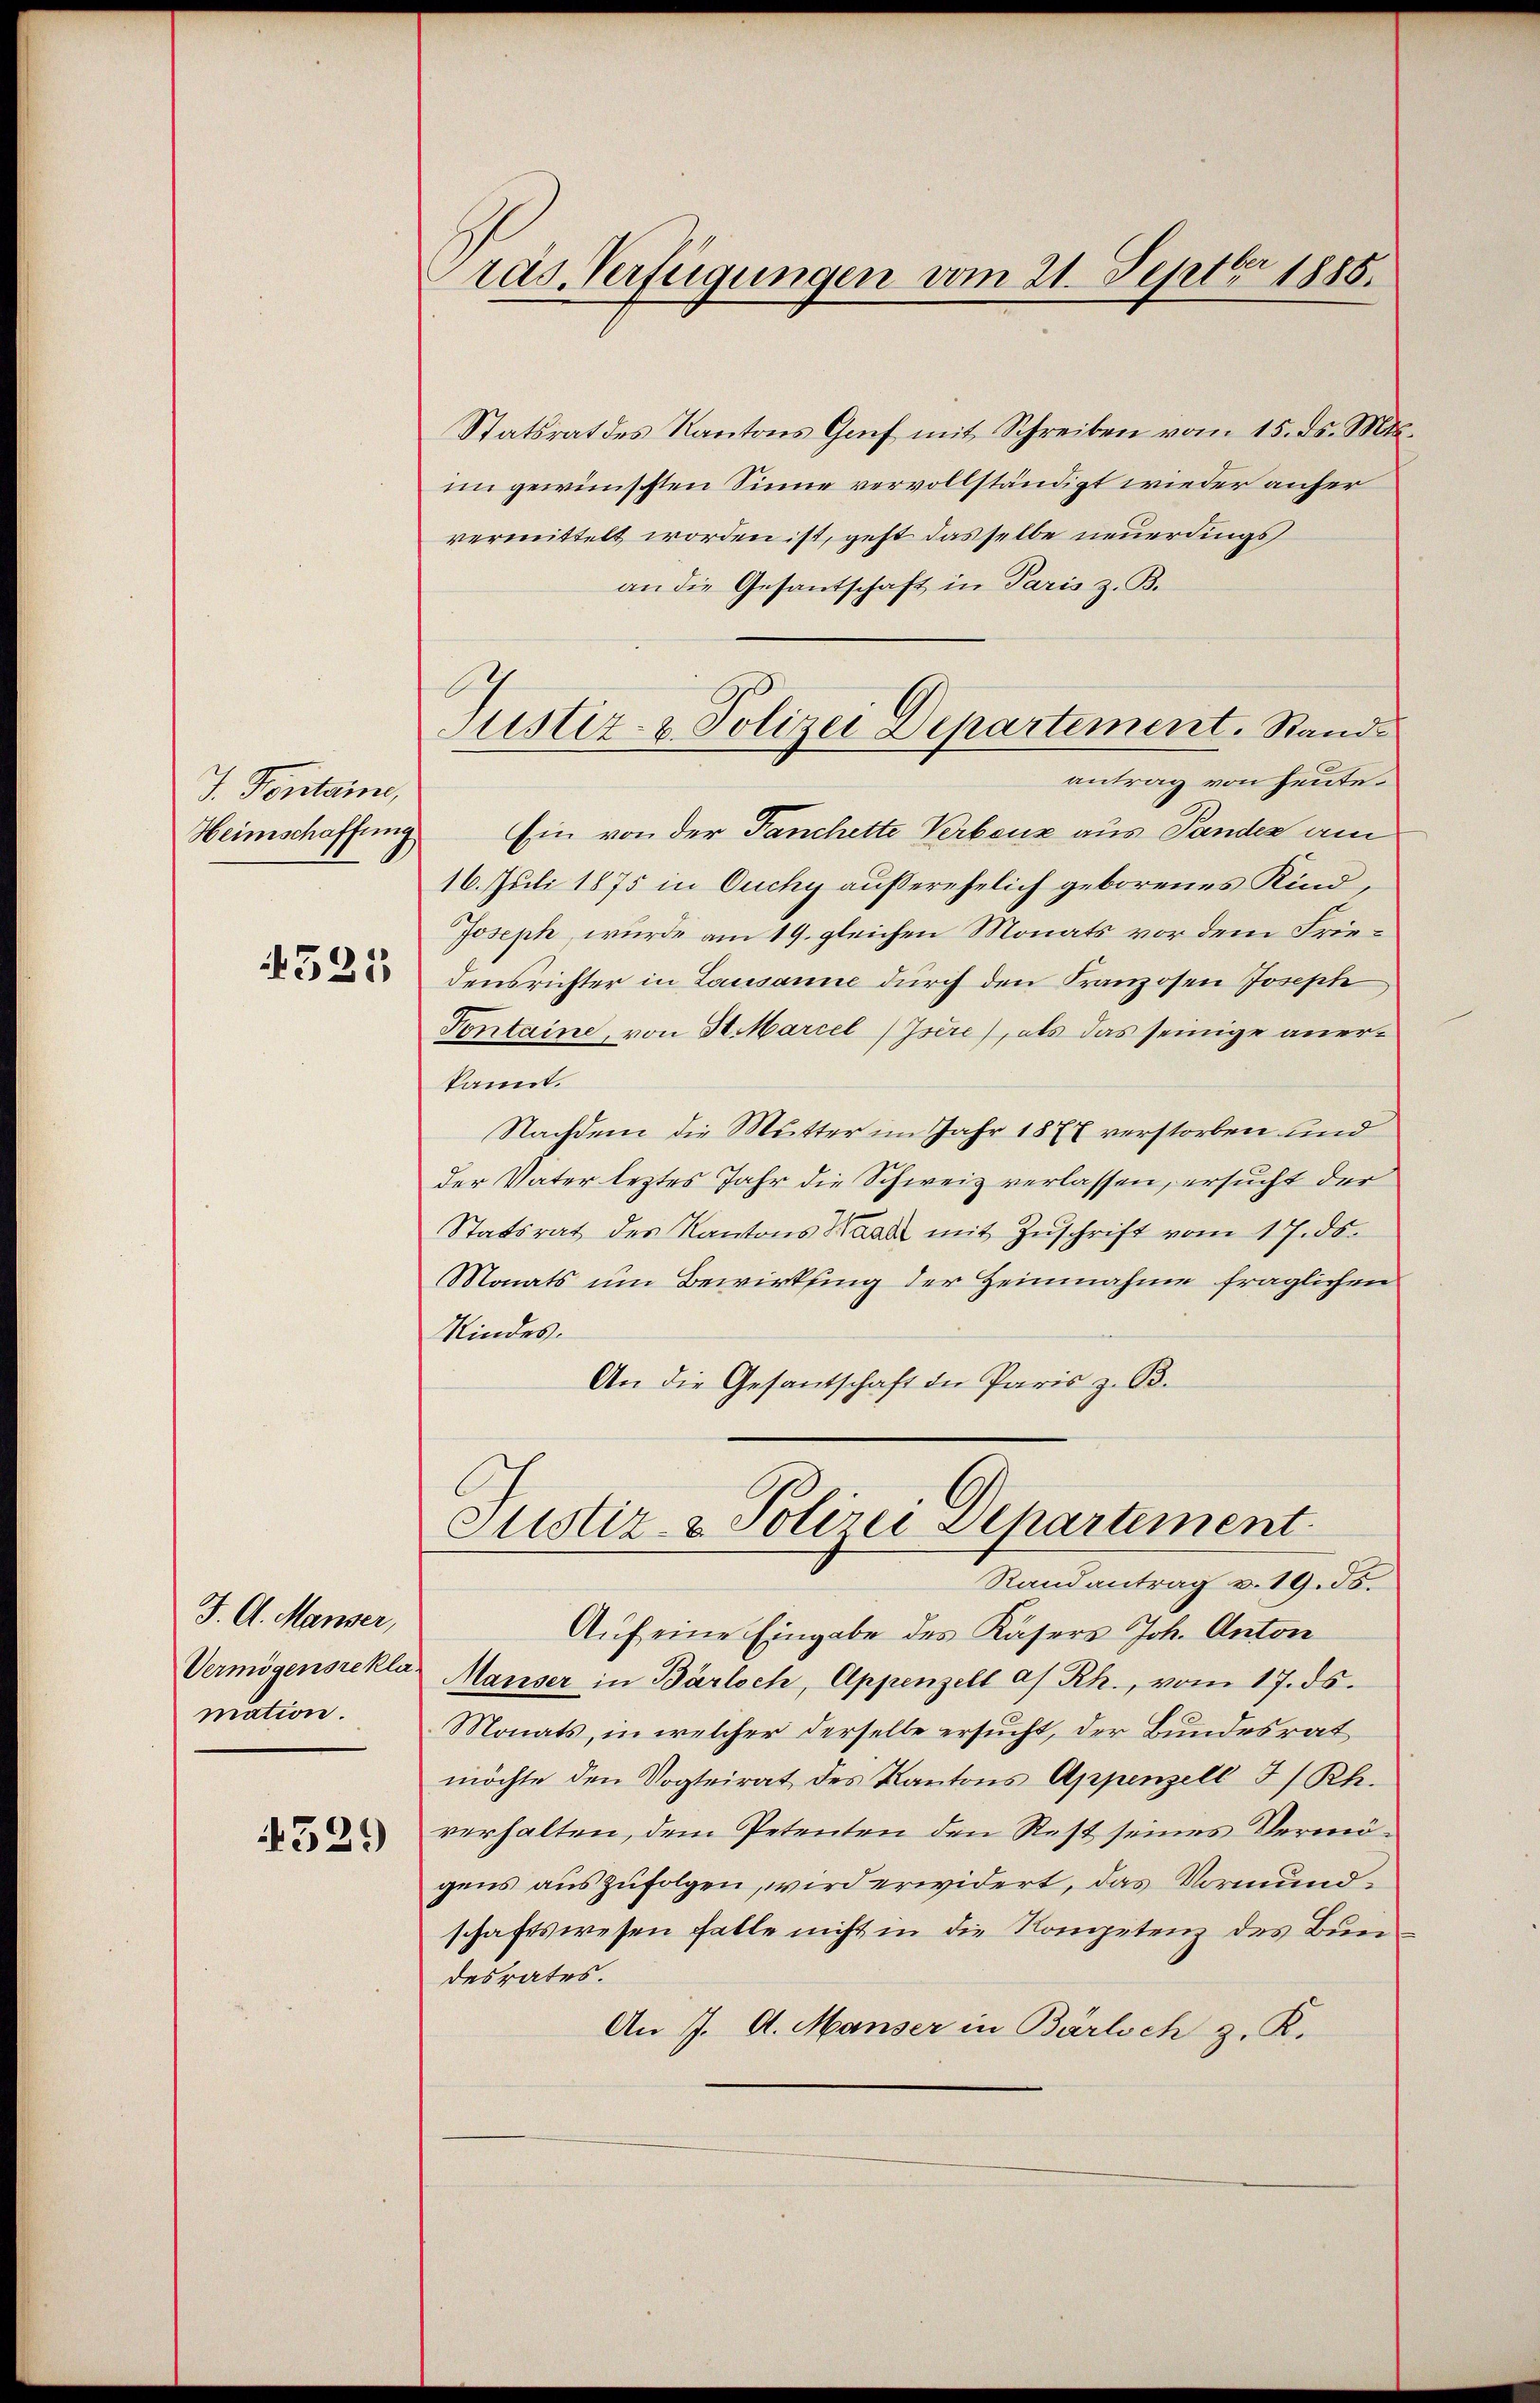
J. Fenstaine,
Heimschaffung
4521,

J. A. Marser,
Vermögensrekla
mation
4321)

Präs. Verfügungen vom 21. Septbr 1885.

Statsrat des Kantons Genf mit Schreiben vom 15. ds. Mts.
im gewünschten Sinne vervollständigt wieder anher
vermittelt worden ist, geht dasselbe neuerdings
an die Gesantschaft in Paris z. B.
Ein von der Tanchette Verbenz aus Pandes am
16. Juli 1875 in Ouchy außerehelich geborenes Kind¬
Joseph, wurde am 19. gleichen Monats vor dem Friedensrichter in Lausanne durch den Franzosen Joseph
Tontaine, von H. Marcel/Isére), als das seinige anerkannt.
Nachdem die Mutter im Jahr 1877 verstorben und
der Vater leztes Jahr die Schweiz verlassen, ersucht der
Statsrat des Kantons Waadt mit Zŭschrift vom 17. ds.
Monats um Bewirkung der Zeinnahme fraglichen
Kindes.
An die Gesantschaft der Paris z. B.
Justiz- & Polizei Departement
Randantrag v. 19. 35.
Auf eine Eingabe des Kasers Joh. Anton
Marser in Bärloch, Appenzell a/Rh., vom 17. ds.
Monats, in welcher derselbe ersucht, der Bundesrat
möchte den Vogteirat des Kantons Appenzell I/Rh.
verhalten, dem Petenten den Rest seines Vermögens auszufolgen, wird erwidert, das Vormundschaftswesen Falle nicht in die Kompetenz des Bundesrates.
An J. A. Manser in Bärlich z. K.

Justiz- & Polizei Departement. Stand
antrag von heute.